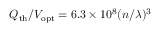
Q _ { \mathrm { t h } } / V _ { \mathrm { o p t } } = 6 . 3 \times 1 0 ^ { 8 } ( n / \lambda ) ^ { 3 }